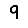
Digit: 9